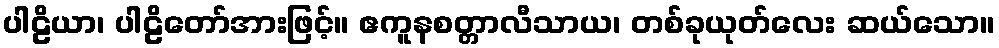
ပါဠိယာ၊ ပါဠိတော်အားဖြင့်။ ဧကူနစတ္တာလီသာယ၊ တစ်ခုယုတ်လေး ဆယ်သော။